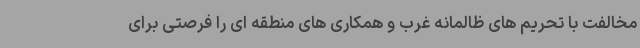
مخالفت با تحریم های ظالمانه غرب و همکاری های منطقه ای را فرصتی برای